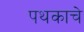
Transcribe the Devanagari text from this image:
पथकाचेे